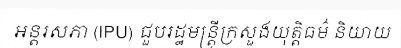
អន្តរសភា (IPU) ជួបរដ្ឋមន្ត្រីក្រសួងយុត្តិធម៌ និយាយ